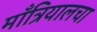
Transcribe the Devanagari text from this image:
माँत्रियालचा